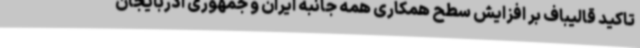
تاکید قالیباف بر افزایش سطح همکاری‌ همه جانبه ایران و جمهوری آذربایجان